Vaccination report Assam 1896-1927 - 1896-1927
Year: 1896
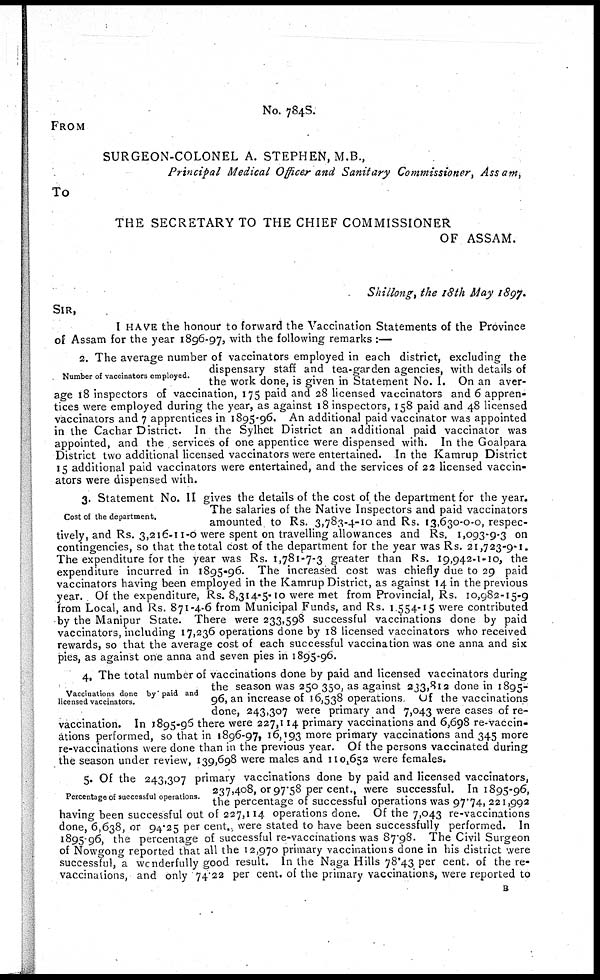
No. 784S.
FROM
SURGEON-COLONEL A. STEPHEN, M.B.,
Principal Medical Officer and Sanitary Commissioner, Assam,
To
THE SECRETARY TO THE CHIEF COMMISSIONER
OF ASSAM.
Shillong, the 18th May 1897.
SIR,
I HAVE the honour to forward the Vaccination Statements of the Province
of Assam for the year 1896-97, with the following remarks :—
Number of vaccinators employed.
2. The average number of vaccinators employed in each district, excluding the
dispensary staff and tea-garden agencies, with details of
the work done, is given in Statement No. I. On an aver-
age 18 inspectors of vaccination, 175 paid and 28 licensed vaccinators and 6 appren-
tices were employed during the year, as against 18 inspectors, 158 paid and 48 licensed
vaccinators and 7 apprentices in 1895-96. An additional paid vaccinator was appointed
in the Cachar District. In the Sylhet District an additional paid vaccinator was
appointed, and the services of one appentice were dispensed with. In the Goalpara
District two additional licensed vaccinators were entertained. In the Kamrup District
15 additional paid vaccinators were entertained, and the services of 22 licensed vaccin-
ators were dispensed with.
Cost of the department.
3. Statement No. II gives the details of the cost of the department for the year.
The salaries of the Native Inspectors and paid vaccinators
amounted to Rs. 3,783-4-10 and Rs. 13,630-0-0, respec-
tively, and Rs. 3,216-11-0 were spent on travelling allowances and Rs. 1,093-9-3 on
contingencies, so that the total cost of the department for the year was Rs. 21,723-9-1.
The expenditure for the year was Rs. 1,781-7-3 greater than Rs. 19,942-1-10, the
expenditure incurred in 1895-96. The increased cost was chiefly due to 29 paid
vaccinators having been employed in the Kamrup District, as against 14 in the previous
year. Of the expenditure, Rs. 8,314-5-10 were met from Provincial, Rs. 10,982-15-9
from Local, and Rs. 871-4-6 from Municipal Funds, and Rs. 1,554-15 were contributed
by the Manipur State. There were 233,598 successful vaccinations done by paid
vaccinators, including 17,236 operations done by 18 licensed vaccinators who received
rewards, so that the average cost of each successful vaccination was one anna and six
pies, as against one anna and seven pies in 1895-96.
Vaccinations done by paid and
licensed vaccinators.
4. The total number of vaccinations done by paid and licensed vaccinators during
the season was 250 350, as against 233,812 done in 1895-
96, an increase of 16,538 operations Of the vaccinations
done, 243,307 were primary and 7,043 were cases of re-
vaccination. In 1895-96 there were 227,114 primary vaccinations and 6,698 re-vaccin-
ations performed, so that in 1896-97, 16,193 more primary vaccinations and 345 more
re-vaccinations were done than in the previous year. Of the persons vaccinated during
the season under review, 139,698 were males and 110,652 were females.
Percentage of successful operations.
5. Of the 243,307 primary vaccinations done by paid and licensed vaccinators,
237,408, or 97.58 per cent., were successful. In 1895-96,
the percentage of successful operations was 97.74, 221,992
having been successful out of 227,114 operations done. Of the 7,043 re-vaccinations
done, 6,638, or 94.25 per cent., were stated to have been successfully performed. In
1895-96, the percentage of successful re-vaccinations was 87.98. The Civil Surgeon
of Nowgong reported that all the 12,970 primary vaccinations done in his district were
successful, a wonderfully good result. In the Naga Hills 78.43 per cent. of the re-
vaccinations, and only 74.22 per cent. of the primary vaccinations, were reported to
B